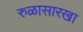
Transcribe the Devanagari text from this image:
रुळासारखा